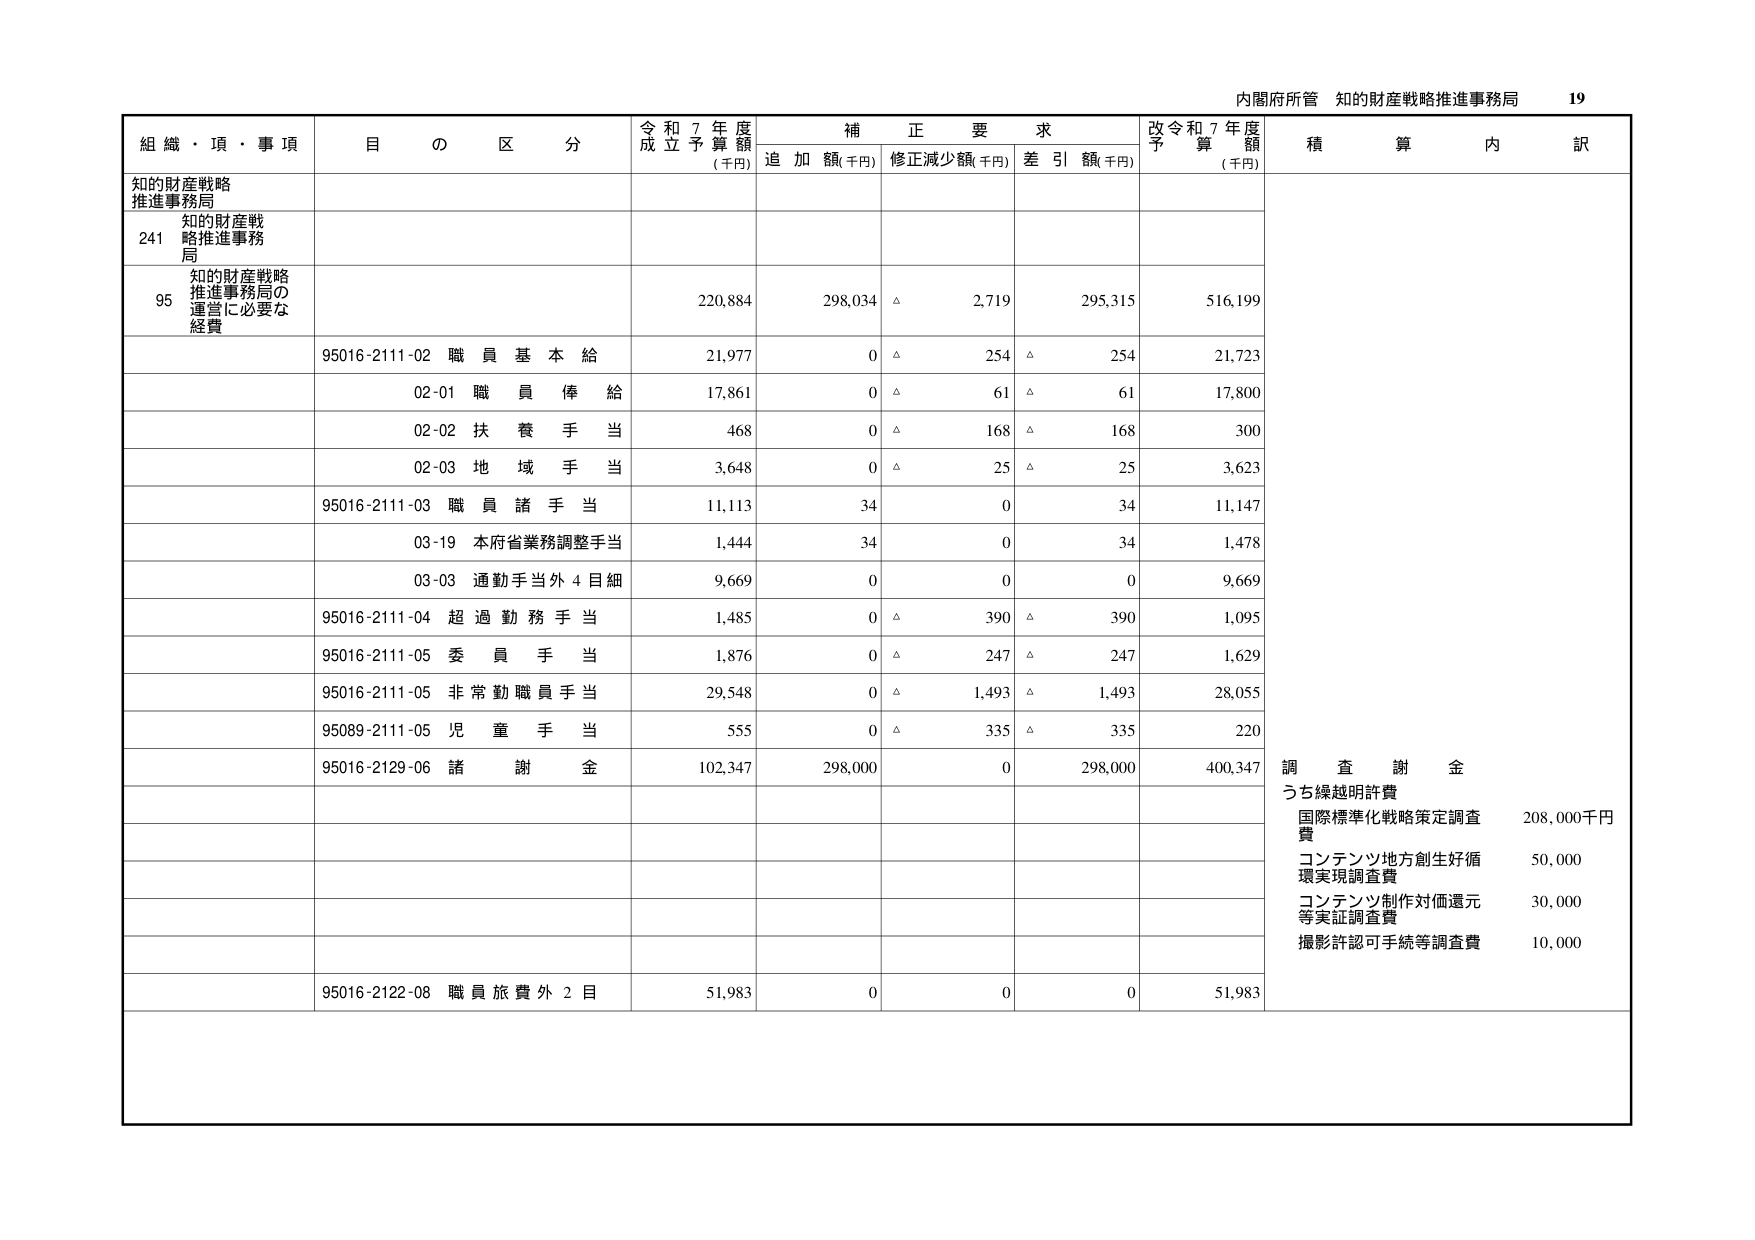
内閣府所管 知的財産戦略推進事務局 19
組織・項・事項 目の区分 令和7年度成立予算額(千円) 補正要求 追加額(千円) 修正減少額(千円) 差引額(千円) 改令和7年度予算額(千円) 積算内訳
知的財産戦略推進事務局
241 知的財産戦略推進事務局
95 知的財産戦略推進事務局の運営に必要な経費 220,884 298,034 △ 2,719 295,315 516,199
95016-2111-02 職員基本給 21,977 0 △ 254 △ 254 21,723
02-01 職員俸給 17,861 0 △ 61 △ 61 17,800
02-02 扶養手当 468 0 △ 168 △ 168 300
02-03 地域手当 3,648 0 △ 25 △ 25 3,623
95016-2111-03 職員諸手当 11,113 34 0 34 11,147
03-19 本府省業務調整手当 1,444 34 0 34 1,478
03-03 通勤手当外4目細 9,669 0 0 0 9,669
95016-2111-04 超過勤務手当 1,485 0 △ 390 △ 390 1,095
95016-2111-05 委員手当 1,876 0 △ 247 △ 247 1,629
95016-2111-05 非常勤職員手当 29,548 0 △ 1,493 △ 1,493 28,055
95089-2111-05 児童手当 555 0 △ 335 △ 335 220
95016-2129-06 諸謝金 102,347 298,000 0 298,000 400,347 調査謝金
うち繰越明許費
国際標準化戦略策定調査費 208,000千円
コンテンツ地方創生好循環実現調査費 50,000
コンテンツ制作対価還元等実証調査費 30,000
撮影許認可手続等調査費 10,000
95016-2122-08 職員旅費外2目 51,983 0 0 0 51,983